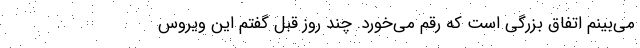
می‌بینم اتفاق بزرگی است که رقم می‌خورد. چند روز قبل گفتم این ویروس